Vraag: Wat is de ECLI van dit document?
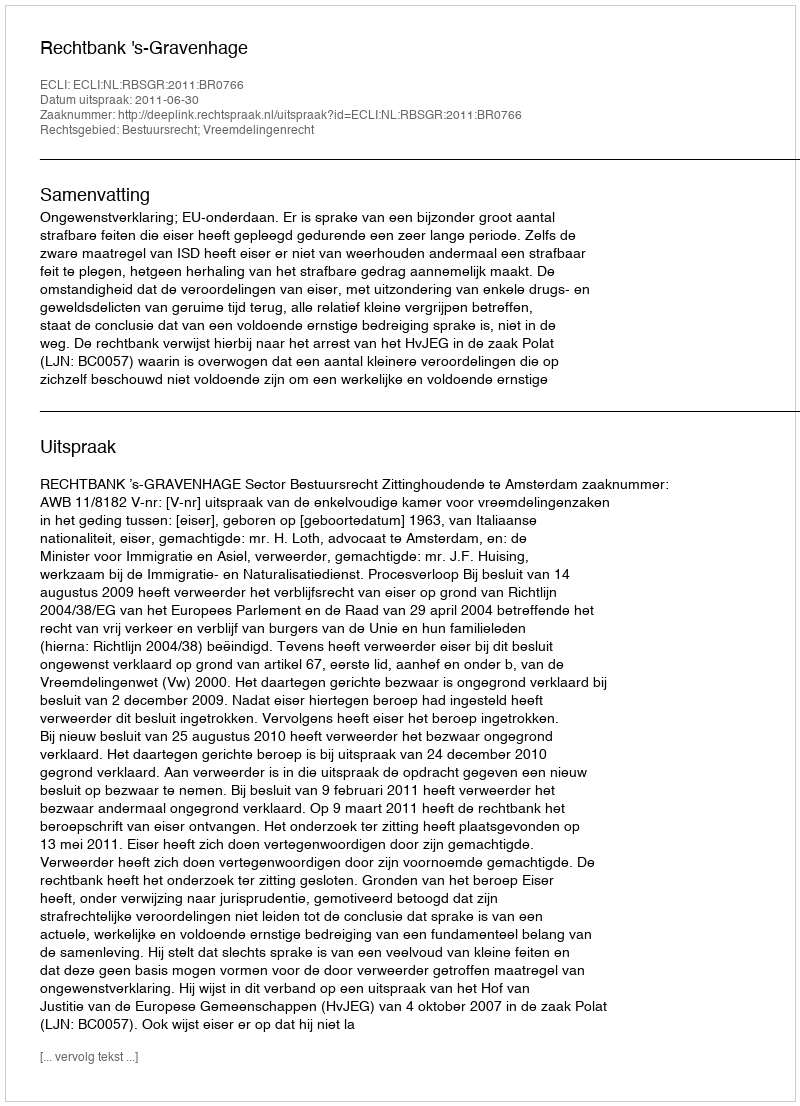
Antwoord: ECLI:NL:RBSGR:2011:BR0766